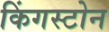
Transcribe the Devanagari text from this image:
किंगस्टोन